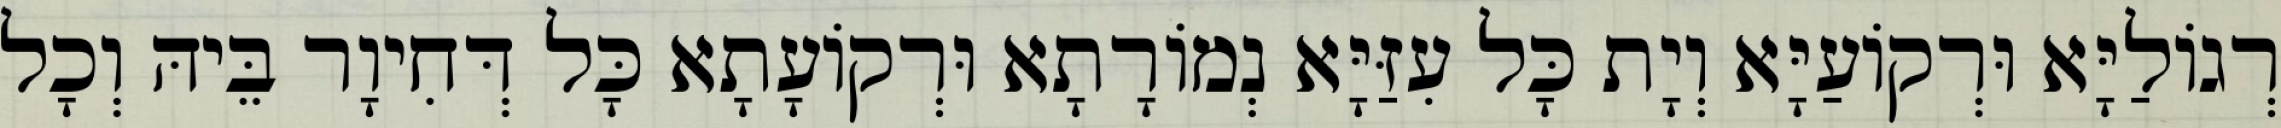
רְגוֹלַיָּא וּרְקוֹעַיָּא וְיָת כָּל עִזַּיָּא נְמוֹרָתָא וּרְקוֹעָתָא כָּל דְּחִיוָר בֵּיהּ וְכָל